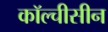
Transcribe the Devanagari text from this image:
कॉल्चीसीन